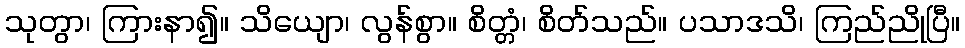
သုတွာ၊ ကြားနာ၍။ သိယျော၊ လွန်စွာ။ စိတ္တံ၊ စိတ်သည်။ ပသာဒသိ၊ ကြည်ညိုပြီ။